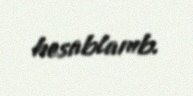
hesablanıb.